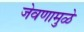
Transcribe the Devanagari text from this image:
जेवणामुळे